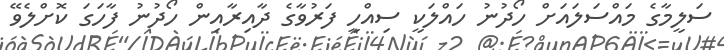
ސަލީމާގެ މައްސަލައަށް ހޯދުނު ހައްލަކީ ސިއްހީ ފަރުވާގެ ދާއިރާއިން ހޯދުނު ފާހަގަ ކޮށްލެވޭ